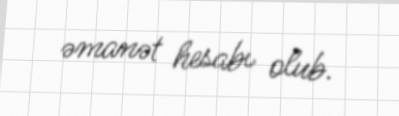
əmanət hesabı olub.